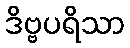
ဒိဗ္ဗပရိသာ